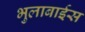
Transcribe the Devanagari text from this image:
भुलाबाईस